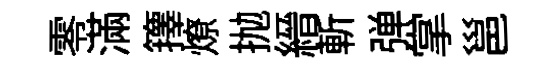
零滿籜燎抛縉斬弹掌邕